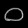
Digit: ၀